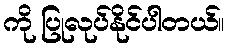
ကို ပြုလုပ်နိုင်ပါတယ်။